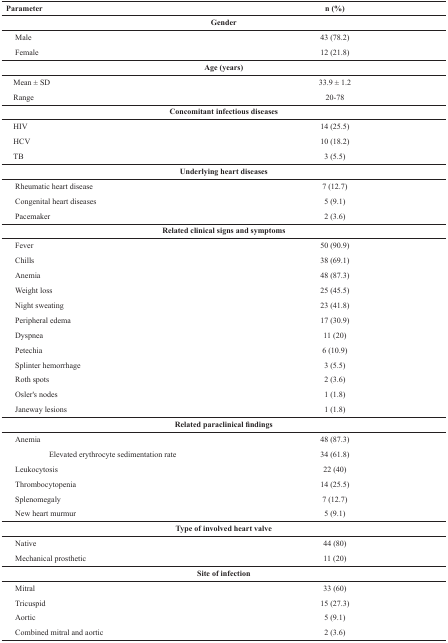
<table><thead><tr><td><b>Parameter</b></td><td><b>n (%)</b></td></tr></thead><tbody><tr><td>Gender</td><td></td></tr><tr><td>Male</td><td>43 (78.2)</td></tr><tr><td>Female</td><td>12 (21.8)</td></tr><tr><td>Age (years)</td><td></td></tr><tr><td>Mean ± SD</td><td>33.9 ± 1.2</td></tr><tr><td>Range</td><td>20-78</td></tr><tr><td>Concomitant infectious diseases</td><td></td></tr><tr><td>HIV</td><td>14 (25.5)</td></tr><tr><td>HCV</td><td>10 (18.2)</td></tr><tr><td>TB</td><td>3 (5.5)</td></tr><tr><td>Underlying heart diseases</td><td></td></tr><tr><td>Rheumatic heart disease</td><td>7 (12.7)</td></tr><tr><td>Congenital heart diseases</td><td>5 (9.1)</td></tr><tr><td>Pacemaker</td><td>2 (3.6)</td></tr><tr><td>Related clinical signs and symptoms</td><td></td></tr><tr><td>Fever</td><td>50 (90.9)</td></tr><tr><td>Chills</td><td>38 (69.1)</td></tr><tr><td>Anemia</td><td>48 (87.3)</td></tr><tr><td>Weight loss</td><td>25 (45.5)</td></tr><tr><td>Night sweating</td><td>23 (41.8)</td></tr><tr><td>Peripheral edema</td><td>17 (30.9)</td></tr><tr><td>Dyspnea</td><td>11 (20)</td></tr><tr><td>Petechia</td><td>6 (10.9)</td></tr><tr><td>Splinter hemorrhage</td><td>3 (5.5)</td></tr><tr><td>Roth spots</td><td>2 (3.6)</td></tr><tr><td>Osler&#x27;s nodes</td><td>1 (1.8)</td></tr><tr><td>Janeway lesions</td><td>1 (1.8)</td></tr><tr><td>Related paraclinical findings</td><td></td></tr><tr><td>Anemia</td><td>48 (87.3)</td></tr><tr><td>Elevated erythrocyte sedimentation rate</td><td>34 (61.8)</td></tr><tr><td>Leukocytosis</td><td>22 (40)</td></tr><tr><td>Thrombocytopenia</td><td>14 (25.5)</td></tr><tr><td>Splenomegaly</td><td>7 (12.7)</td></tr><tr><td>New heart murmur</td><td>5 (9.1)</td></tr><tr><td>Type of involved heart valve</td><td></td></tr><tr><td>Native</td><td>44 (80)</td></tr><tr><td>Mechanical prosthetic</td><td>11 (20)</td></tr><tr><td>Site of infection</td><td></td></tr><tr><td>Mitral</td><td>33 (60)</td></tr><tr><td>Tricuspid</td><td>15 (27.3)</td></tr><tr><td>Aortic</td><td>5 (9.1)</td></tr></tbody></table>